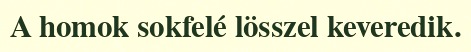
A homok sokfelé lösszel keveredik.